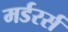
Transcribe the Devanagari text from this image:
मर्डरर्स